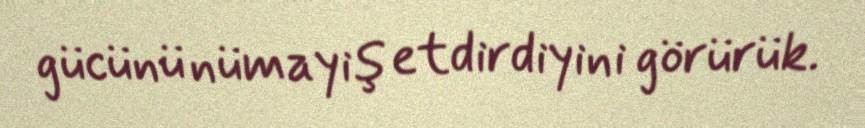
gücünü nümayiş etdirdiyini görürük.